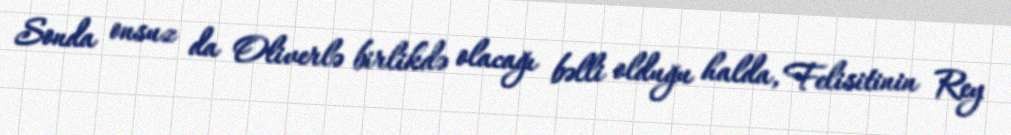
Sonda onsuz da Oliverlə birlikdə olacağı bəlli olduğu halda, Felisitinin Rey